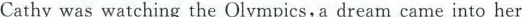
Cathy was watching the Olympics,a dream came into her